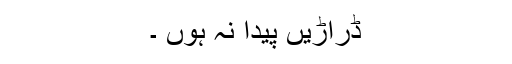
ڈراڑیں پیدا نہ ہوں ۔